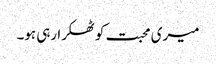
میری محبت کو ٹھکرا رہی ہو۔